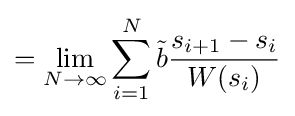
=\lim _{N\to \infty }\sum _{i=1}^{N}{\tilde {b}}{\frac {s_{i+1}-s_{i}}{W(s_{i})}}